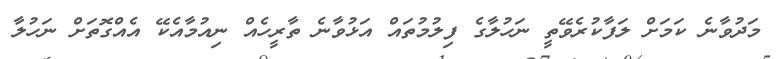
މަދުވާނެ ކަމަށް ލަފާކުރެވޭތީ ނަހުލާގެ ފިލުމުތައް އަޅުވާނެ ތާރީހެއް ނިއުމާއެކޭ އެއްގޮތަށް ނަހުލާ